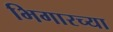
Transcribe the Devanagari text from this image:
भिगारच्या